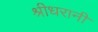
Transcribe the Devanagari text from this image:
श्रीधरानी